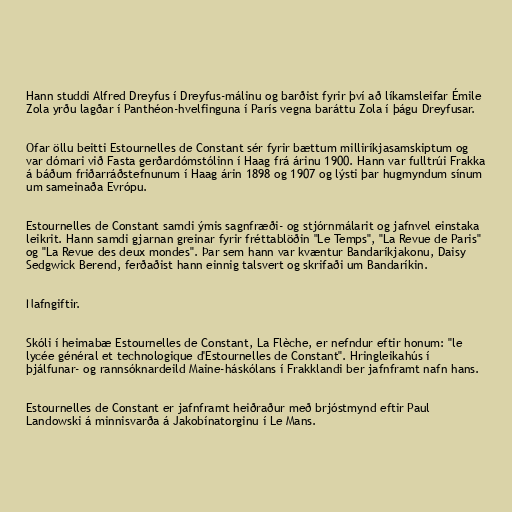
Hann studdi Alfred Dreyfus í Dreyfus-málinu og barðist fyrir því að líkamsleifar Émile
Zola yrðu lagðar í Panthéon-hvelfinguna í París vegna baráttu Zola í þágu Dreyfusar.

Ofar öllu beitti Estournelles de Constant sér fyrir bættum milliríkjasamskiptum og
var dómari við Fasta gerðardómstólinn í Haag frá árinu 1900. Hann var fulltrúi Frakka
á báðum friðarráðstefnunum í Haag árin 1898 og 1907 og lýsti þar hugmyndum sínum
um sameinaða Evrópu.

Estournelles de Constant samdi ýmis sagnfræði- og stjórnmálarit og jafnvel einstaka
leikrit. Hann samdi gjarnan greinar fyrir fréttablöðin "Le Temps", "La Revue de Paris"
og "La Revue des deux mondes". Þar sem hann var kvæntur Bandaríkjakonu, Daisy
Sedgwick Berend, ferðaðist hann einnig talsvert og skrifaði um Bandaríkin.

Nafngiftir.

Skóli í heimabæ Estournelles de Constant, La Flèche, er nefndur eftir honum: "le
lycée général et technologique d'Estournelles de Constant". Hringleikahús í
þjálfunar- og rannsóknardeild Maine-háskólans í Frakklandi ber jafnframt nafn hans.

Estournelles de Constant er jafnframt heiðraður með brjóstmynd eftir Paul
Landowski á minnisvarða á Jakobínatorginu í Le Mans.